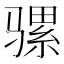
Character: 骡